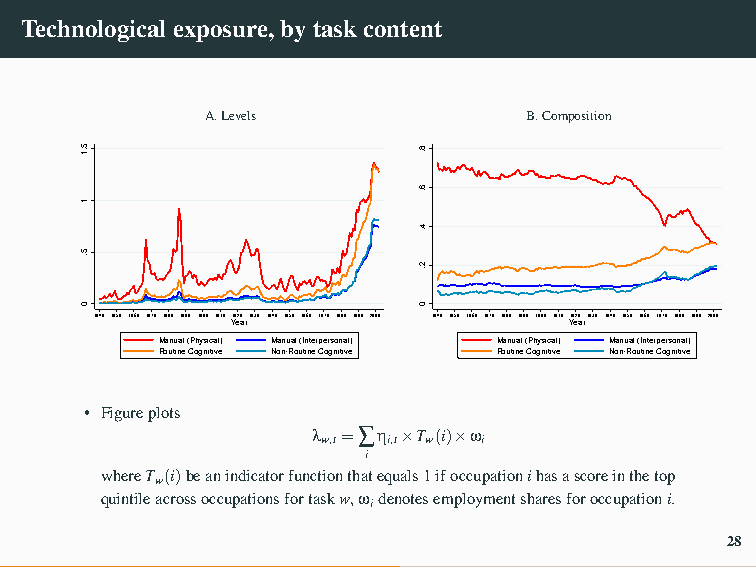
Technologicalexposure,bytaskcontent
 A.Levels             B.Composition
 1840 1850 1860 1870 1880 1890 1900 1910Y19e20ar1930 1940 1950 1960 1970 1980 1990 2000 1840 1850 1860 1870 1880 1890 1900 1910Y19e20ar1930 1940 1950 1960 1970 1980 1990 2000
 Manual (Physical) Manual (Interpersonal) Manual (Physical) Manual (Interpersonal)
 Routine Cognitive Non-Routine Cognitive Routine Cognitive Non-Routine Cognitive
 • Figureplots
 λw,t=∑ηi,t×Tw(i)×ωi
 i
 whereTw(i)beanindicatorfunctionthatequals1ifoccupationihasascoreinthetop
 quintileacrossoccupationsfortaskw,ωidenotesemploymentsharesforoccupationi.
 28
 5.1
 1
 5.
 0
 8.
 6.
 4.
 2.
 0